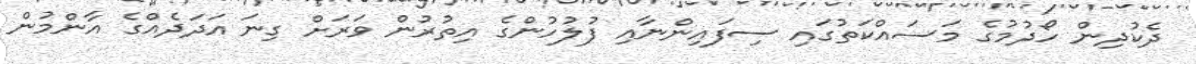
ދެކުދިން ހޯދުމުގެ މަސައްކަތުގައި ސިފައިންނާއި ފުލުހުންގެ އިތުރުން ވަރަށް ގިނަ އަދަދެއްގެ އާންމުން